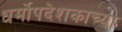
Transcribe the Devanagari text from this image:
धर्मोपदेशकाच्या